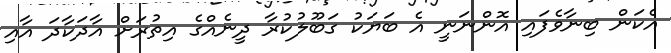
އެކަން ބިނާވެފައި އޮންނަނީ އެ ބަޔަކު ގަބޫލުކުރާ ދީނެއްގެ އިތުރަށް އާދަކާދަ އާއި